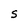
Character: S